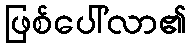
ဖြစ်ပေါ်လာ၏